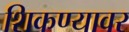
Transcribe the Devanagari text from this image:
शिकण्यावर